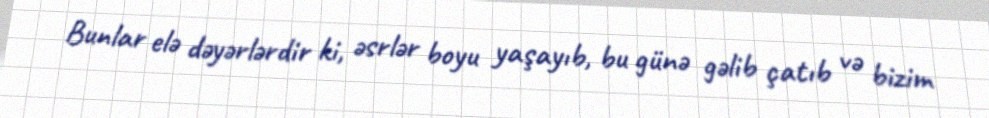
Bunlar elə dəyərlərdir ki, əsrlər boyu yaşayıb, bu günə gəlib çatıb və bizim